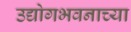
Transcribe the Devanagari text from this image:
उद्योगभवनाच्या